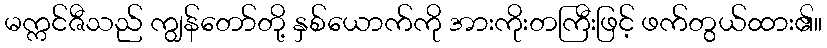
မက္ကင်ဇီသည် ကျွန်တော်တို့ နှစ်ယောက်ကို အားကိုးတကြီးဖြင့် ဖက်တွယ်ထား၏။